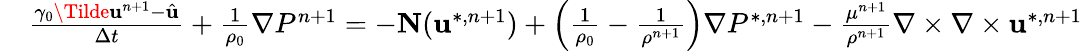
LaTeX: \begin{array}{rl}{\small}&{{}\frac{\gamma_{0}\Tilde{\textbf{u}}^{n+1}-\hat{\textbf{u}}}{\Delta t}+\frac{1}{\rho_{0}}\nabla P^{n+1}=-\textbf{N}(\textbf{u}^{*,n+1})+\left(\frac{1}{\rho_{0}}-\frac{1}{\rho^{n+1}}\right)\nabla P^{*,n+1}-\frac{\mu^{n+1}}{\rho^{n+1}}\nabla\times\nabla\times\textbf{u}^{*,n+1}}\end{array}